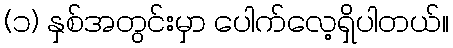
(၁) နှစ်အတွင်းမှာ ပေါက်လေ့ရှိပါတယ်။